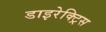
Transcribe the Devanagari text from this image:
डाइरेक्ट्रिस